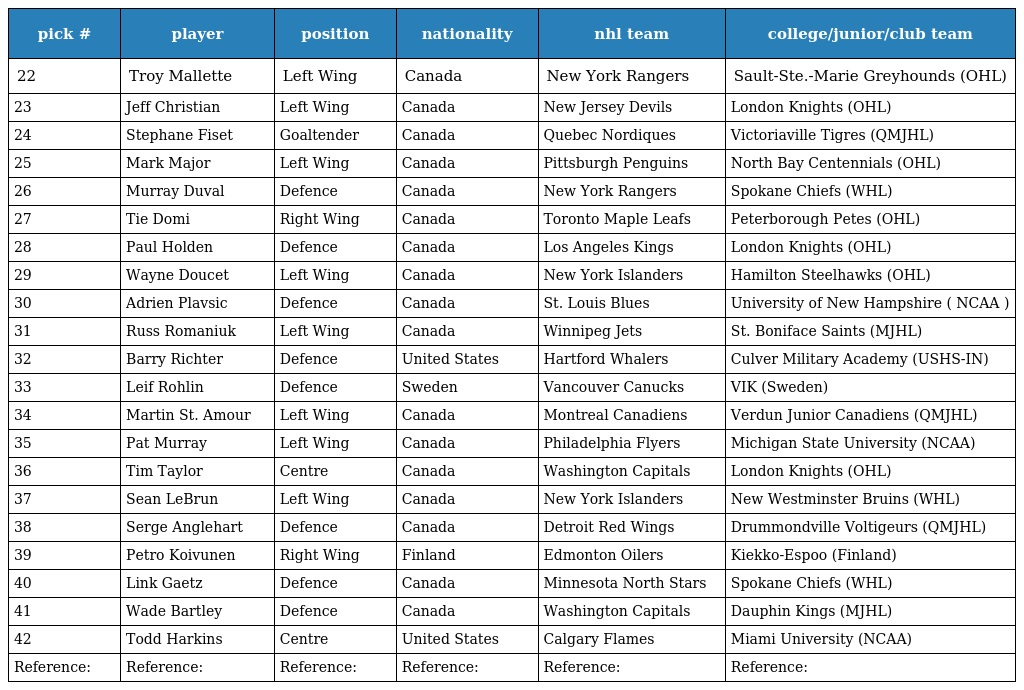
| pick # | player | position | nationality | nhl team | college/junior/club team |
 | --- | --- | --- | --- | --- | --- |
 | 22 | Troy Mallette | Left Wing | Canada | New York Rangers | Sault-Ste.-Marie Greyhounds (OHL) |
 | 23 | Jeff Christian | Left Wing | Canada | New Jersey Devils | London Knights (OHL) |
 | 24 | Stephane Fiset | Goaltender | Canada | Quebec Nordiques | Victoriaville Tigres (QMJHL) |
 | 25 | Mark Major | Left Wing | Canada | Pittsburgh Penguins | North Bay Centennials (OHL) |
 | 26 | Murray Duval | Defence | Canada | New York Rangers | Spokane Chiefs (WHL) |
 | 27 | Tie Domi | Right Wing | Canada | Toronto Maple Leafs | Peterborough Petes (OHL) |
 | 28 | Paul Holden | Defence | Canada | Los Angeles Kings | London Knights (OHL) |
 | 29 | Wayne Doucet | Left Wing | Canada | New York Islanders | Hamilton Steelhawks (OHL) |
 | 30 | Adrien Plavsic | Defence | Canada | St. Louis Blues | University of New Hampshire ( NCAA ) |
 | 31 | Russ Romaniuk | Left Wing | Canada | Winnipeg Jets | St. Boniface Saints (MJHL) |
 | 32 | Barry Richter | Defence | United States | Hartford Whalers | Culver Military Academy (USHS-IN) |
 | 33 | Leif Rohlin | Defence | Sweden | Vancouver Canucks | VIK (Sweden) |
 | 34 | Martin St. Amour | Left Wing | Canada | Montreal Canadiens | Verdun Junior Canadiens (QMJHL) |
 | 35 | Pat Murray | Left Wing | Canada | Philadelphia Flyers | Michigan State University (NCAA) |
 | 36 | Tim Taylor | Centre | Canada | Washington Capitals | London Knights (OHL) |
 | 37 | Sean LeBrun | Left Wing | Canada | New York Islanders | New Westminster Bruins (WHL) |
 | 38 | Serge Anglehart | Defence | Canada | Detroit Red Wings | Drummondville Voltigeurs (QMJHL) |
 | 39 | Petro Koivunen | Right Wing | Finland | Edmonton Oilers | Kiekko-Espoo (Finland) |
 | 40 | Link Gaetz | Defence | Canada | Minnesota North Stars | Spokane Chiefs (WHL) |
 | 41 | Wade Bartley | Defence | Canada | Washington Capitals | Dauphin Kings (MJHL) |
 | 42 | Todd Harkins | Centre | United States | Calgary Flames | Miami University (NCAA) |
 | Reference: | Reference: | Reference: | Reference: | Reference: | Reference: |